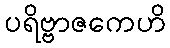
ပရိဗ္ဗာဇကေဟိ